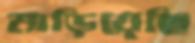
মাড়িয়েছি